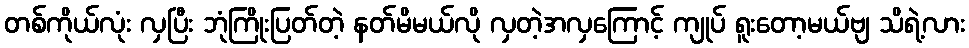
တစ်ကိုယ်လုံး လှပြီး ဘုံကြိုးပြတ်တဲ့ နတ်မိမယ်လို လှတဲ့အလှကြောင့် ကျုပ် ရူးတော့မယ်ဗျ သိရဲ့လား